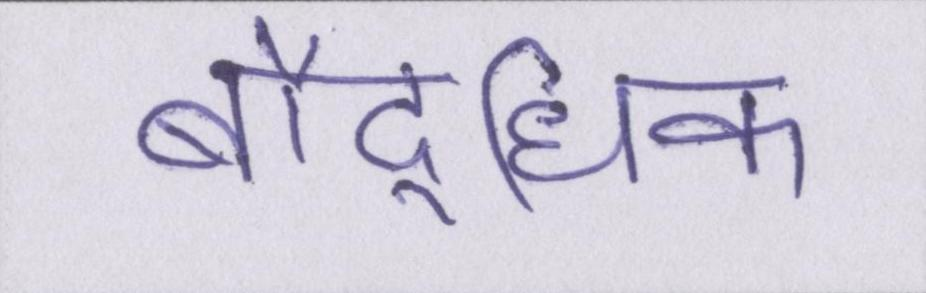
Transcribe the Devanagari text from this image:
बौद्घिक